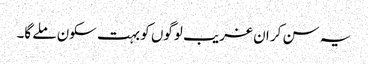
یہ سن کر ان غریب لوگوں کو بہت سکون ملے گا۔